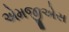
એમજીએસ